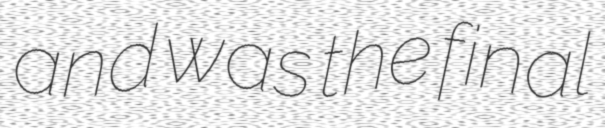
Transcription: and was the final